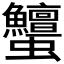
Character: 𧖞